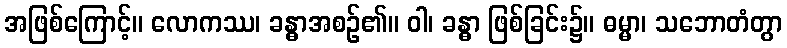
အဖြစ်ကြောင့်။ လောကဿ၊ ခန္ဓာအစဉ်၏။ ဝါ၊ ခန္ဓာ ဖြစ်ခြင်း၌။ ဓမ္မာ၊ သဘောတံတွာ